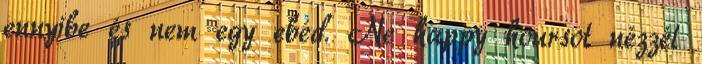
ennyibe és nem egy ebéd. Ne happy hoursot nézzél